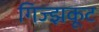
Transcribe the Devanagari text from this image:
गिज्झकूट